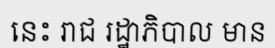
នេះ រាជ រដ្ឋាភិបាល មាន